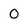
Character: 0